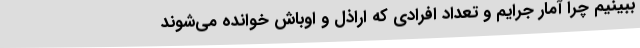
ببینیم چرا آمار جرایم و تعداد افرادی که اراذل و اوباش خوانده می‌شوند